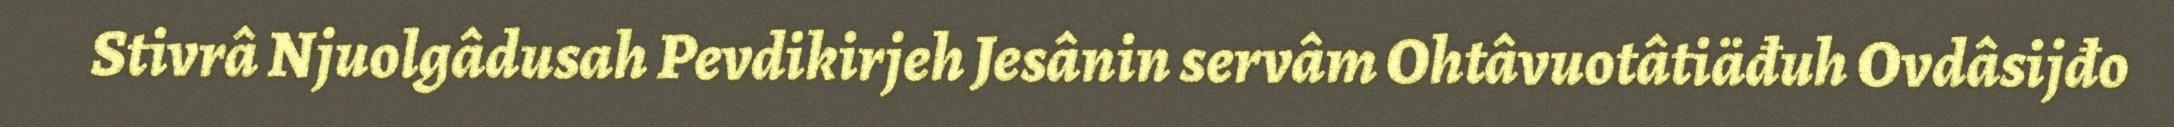
Stivrâ Njuolgâdusah Pevdikirjeh Jesânin servâm Ohtâvuotâtiäđuh Ovdâsijđo